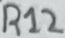
Text: R12